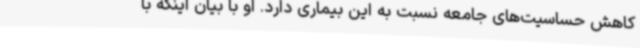
کاهش حساسیت‌های جامعه نسبت به این بیماری دارد. او با بیان اینکه با